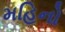
મહિનો